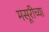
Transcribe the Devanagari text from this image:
मसूरीच्या